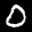
Label: 0